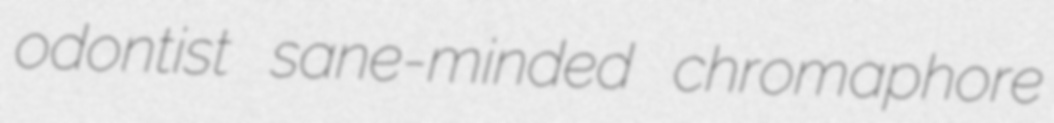
odontist sane-minded chromaphore